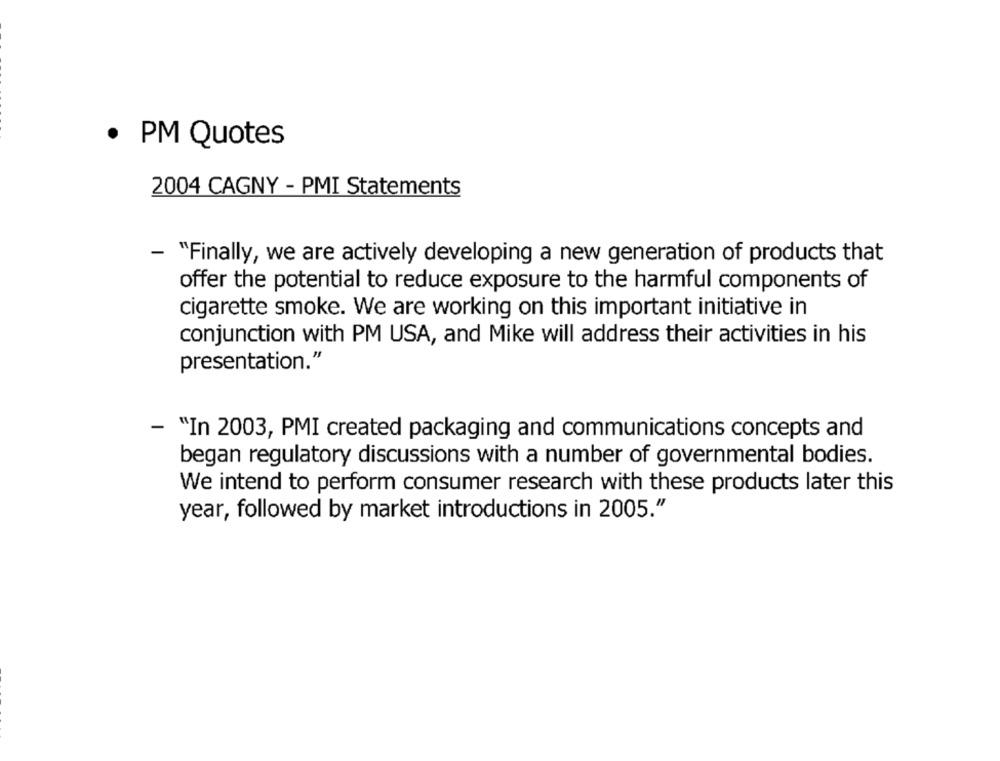
.
PM Quotes
2004 CAGNY - PMI Statements
- "Finally, we are actively developing a new generation of products that
offer the potential to reduce exposure to the harmful components of
cigarette smoke. We are working on this important initiative in
conjunction with PM USA, and Mike will address their activities in his
presentation."
- "In 2003, PMI created packaging and communications concepts and
began regulatory discussions with a number of governmental bodies.
We intend to perform consumer research with these products later this
year, followed by market introductions in 2005."